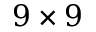
9 \times 9